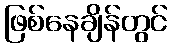
ဖြစ်နေချိန်တွင်